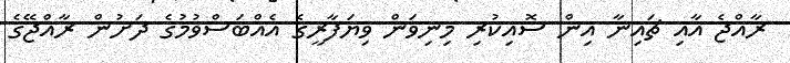
ރާއްޖެ އާއި ޗައިނާ އިން ސޮއިކުރި މިނިވަން ވިޔަފާރީގެ އެއްބަސްވުމުގެ ދަށުން ރާއްޖޭގެ